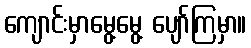
ကျောင်းမှာမွေ့မွေ့ ပျော်ကြမှာ။